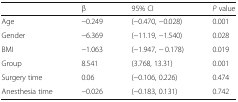
|  | β | 95% CI | P value |
 | --- | --- | --- | --- |
 | Age | −0.249 | (−0.470, −0.028) | 0.001 |
 | Gender | −6.369 | (−11.19, −1.540) | 0.028 |
 | BMI | −1.063 | (−1.947, − 0.178) | 0.019 |
 | Group | 8.541 | (3.768, 13.31) | 0.001 |
 | Surgery time | 0.06 | (−0.106, 0.226) | 0.474 |
 | Anesthesia time | −0.026 | (−0.183, 0.131) | 0.742 |